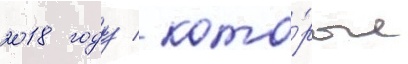
2018 году / кото́рые